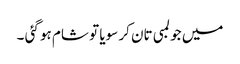
میں جو لمبی تان کر سویا تو شام ہو گئی ۔